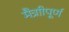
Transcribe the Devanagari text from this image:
मैत्राीपूर्ण